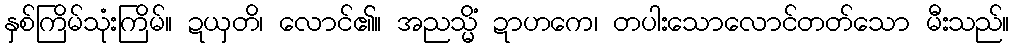
နှစ်ကြိမ်သုံးကြိမ်။ ဍယှတိ၊ လောင်၏။ အညသ္မိံ ဍာဟကေ၊ တပါးသောလောင်တတ်သော မီးသည်။